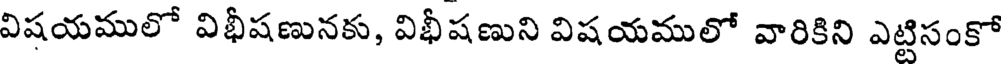
విషయములో విభీషణునకు, విభీషణుని విషయములో వారికిని ఎట్టిసంకో